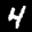
Label: 4